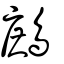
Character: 鷓